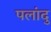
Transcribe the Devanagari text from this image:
पलांदु